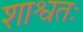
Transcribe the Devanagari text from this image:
शाश्वतः